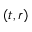
( t , r )